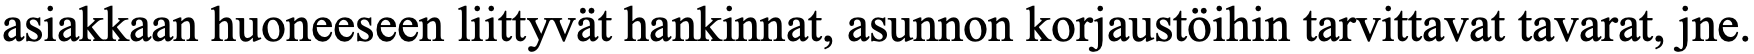
asiakkaan huoneeseen liittyvät hankinnat, asunnon korjaustöihin tarvittavat tavarat, jne.